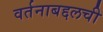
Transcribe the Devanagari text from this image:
वर्तनाबद्दलची